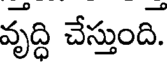
వృద్ది చేస్తుంది.